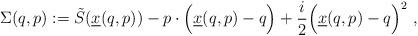
LaTeX: \begin{align*}\Sigma(q,p):=\tilde S(\underline x(q,p))-p\cdot \Big(\underline x(q,p)-q\Big)+\frac{i}{2}\Big(\underline x(q,p)-q\Big)^2 \ , \end{align*}